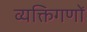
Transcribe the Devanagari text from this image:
व्यक्तिगणों